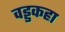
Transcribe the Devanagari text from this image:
वड्डकहा